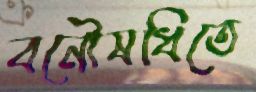
বনৌষধিতে